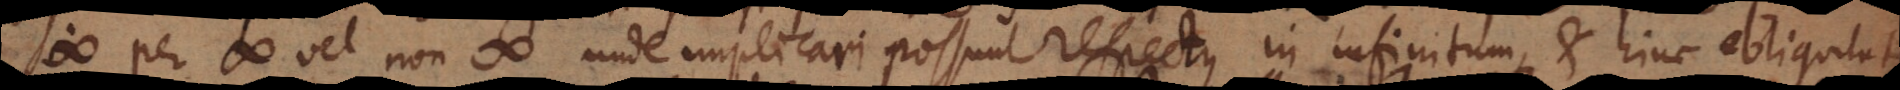
< per # vel non # unde implicari possunt respectus in infinitum, et hinc obliquitat[es].